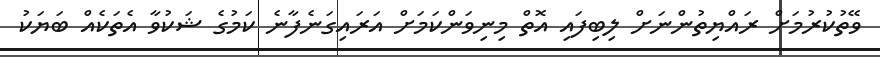
ވޭތުކުރުމަށް ރައްޔިތުންނަށް ލިބިފައި އޮތް މިނިވަންކަމަށް އަރައިގަނެފާނެ ކަމުގެ ޝަކުވާ އެތަކެއް ބަޔަކު